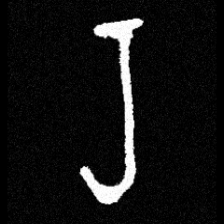
Pyu character \u2014 Myanmar letter: ရ (romanized: ra)